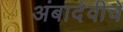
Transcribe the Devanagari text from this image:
अंबादेवीचे